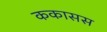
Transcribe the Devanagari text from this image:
ककासस